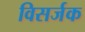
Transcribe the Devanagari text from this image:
विसर्जक